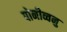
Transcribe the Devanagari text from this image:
पोनीव्वनु